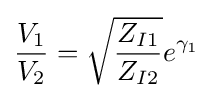
{\frac {V_{1}}{V_{2}}}={\sqrt {\frac {Z_{I1}}{Z_{I2}}}}e^{\gamma _{1}}